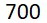
700